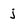
Character: j